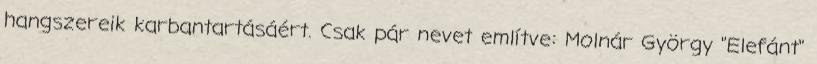
hangszereik karbantartásáért. Csak pár nevet említve: Molnár György "Elefánt"